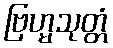
ဗြဟ္မသုတ္တံ